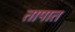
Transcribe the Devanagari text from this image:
तापात